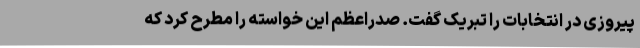
پیروزی در انتخابات را تبریک گفت. صدراعظم این خواسته را مطرح کرد که